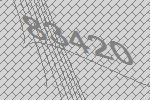
83420